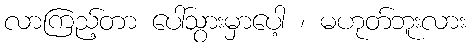
လာကြည့်တာ ပေါ်သွားမှာပေါ့ ၊ မဟုတ်ဘူးလား